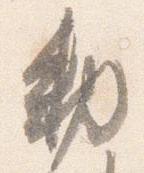
勅